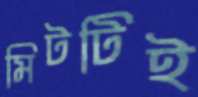
মিটটিই